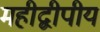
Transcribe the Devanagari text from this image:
महीद्वीपीय